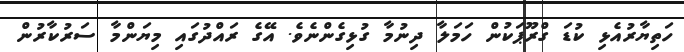
ހަތިޔާރުއެޅި ކުޑަ ގްރޫޕަކުން ހަމަލާ ދިނުމާ ގުޅިގެންނެވެ. އޭގެ ރައްދުގައި މިޔަންމާ ސަރުކާރުން